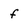
Character: f